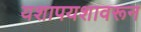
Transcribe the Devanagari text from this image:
यशापयशावरून